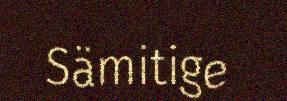
Sämitige